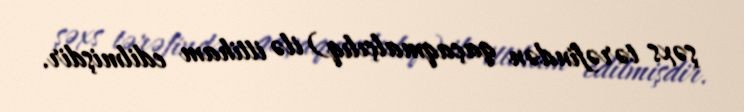
şəxs tərəfindən qaçaqmalçılıq) ilə ittiham edilmişdir.